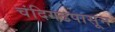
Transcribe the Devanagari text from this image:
चंदिगढपासून